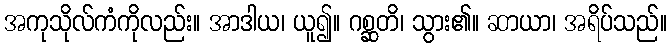
အကုသိုလ်ကံကိုလည်း။ အာဒါယ၊ ယူ၍။ ဂစ္ဆတိ၊ သွား၏။ ဆာယာ၊ အရိပ်သည်။